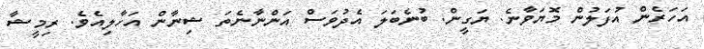
އަހަރެން އުފަލުން މޮޔަވާނެ. ޔަގީން. ބުނެބަލަ އެދުވަސް އަންނާނެތަ ޝިނާން އަހާލިއެވެ. ރިމީޝާ